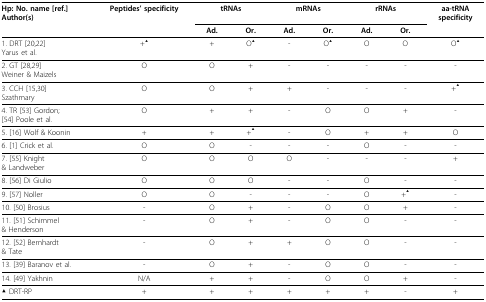
| Hp: No. name [ref.]Author(s) | Peptides' specificity | <COLSPAN=2> tRNAs | <COLSPAN=2> mRNAs | <COLSPAN=2> rRNAs | aa-tRNAspecificity |
 |  |  | Ad. | Or. | Ad. | Or. | Ad. | Or. |  |
 | --- | --- | --- | --- | --- | --- | --- | --- | --- |
 | 1. DRT [20,22]Yarus et al. | +▲ | + | O▲ | - | O▲ | O | O | O▲ |
 | 2. GT [28,29]Weiner & Maizels | O | O | + | - | - | - | - | - |
 | 3. CCH [15,30]Szathmary | O | O | + | + | - | - | - | +▲ |
 | 4. TR [53] Gordon;[54] Poole et al. | O | + | + | - | O | O | + | - |
 | 5. [16] Wolf & Koonin | + | + | +▲ | - | O | + | + | O |
 | 6. [1] Crick et al. | O | O | - | - | - | O | - | - |
 | 7. [55] Knight& Landweber | O | O | O | O | - | - | - | + |
 | 8. [56] Di Giulio | O | O | O | - | - | O | - | - |
 | 9. [57] Noller | O | O | - | - | - | O | +▲ | - |
 | 10. [50] Brosius | - | O | + | - | O | O | + | - |
 | 11. [51] Schimmel& Henderson | - | O | + | - | O | O | - | - |
 | 12. [52] Bernhardt& Tate | - | O | + | + | O | O | - | - |
 | 13. [39] Baranov et al. | - | O | + | - | O | O | - | - |
 | 14. [49] Yakhnin | N/A | + | + | - | O | O | + | - |
 | ▲ DRT-RP | + | + | + | + | + | + | - | + |